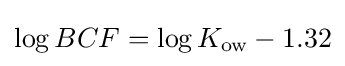
\log BCF=\log K_{\text{ow}}-1.32